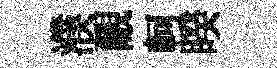
濮覼軻睽